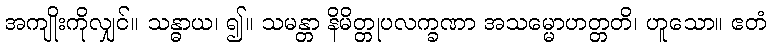
အကျိုးကိုလျှင်။ သန္ဓာယ၊ ၍။ သမန္တာ နိမိတ္တုပလက္ခဏာ အသမ္မောဟတ္တတိ၊ ဟူသော။ ဧတံ